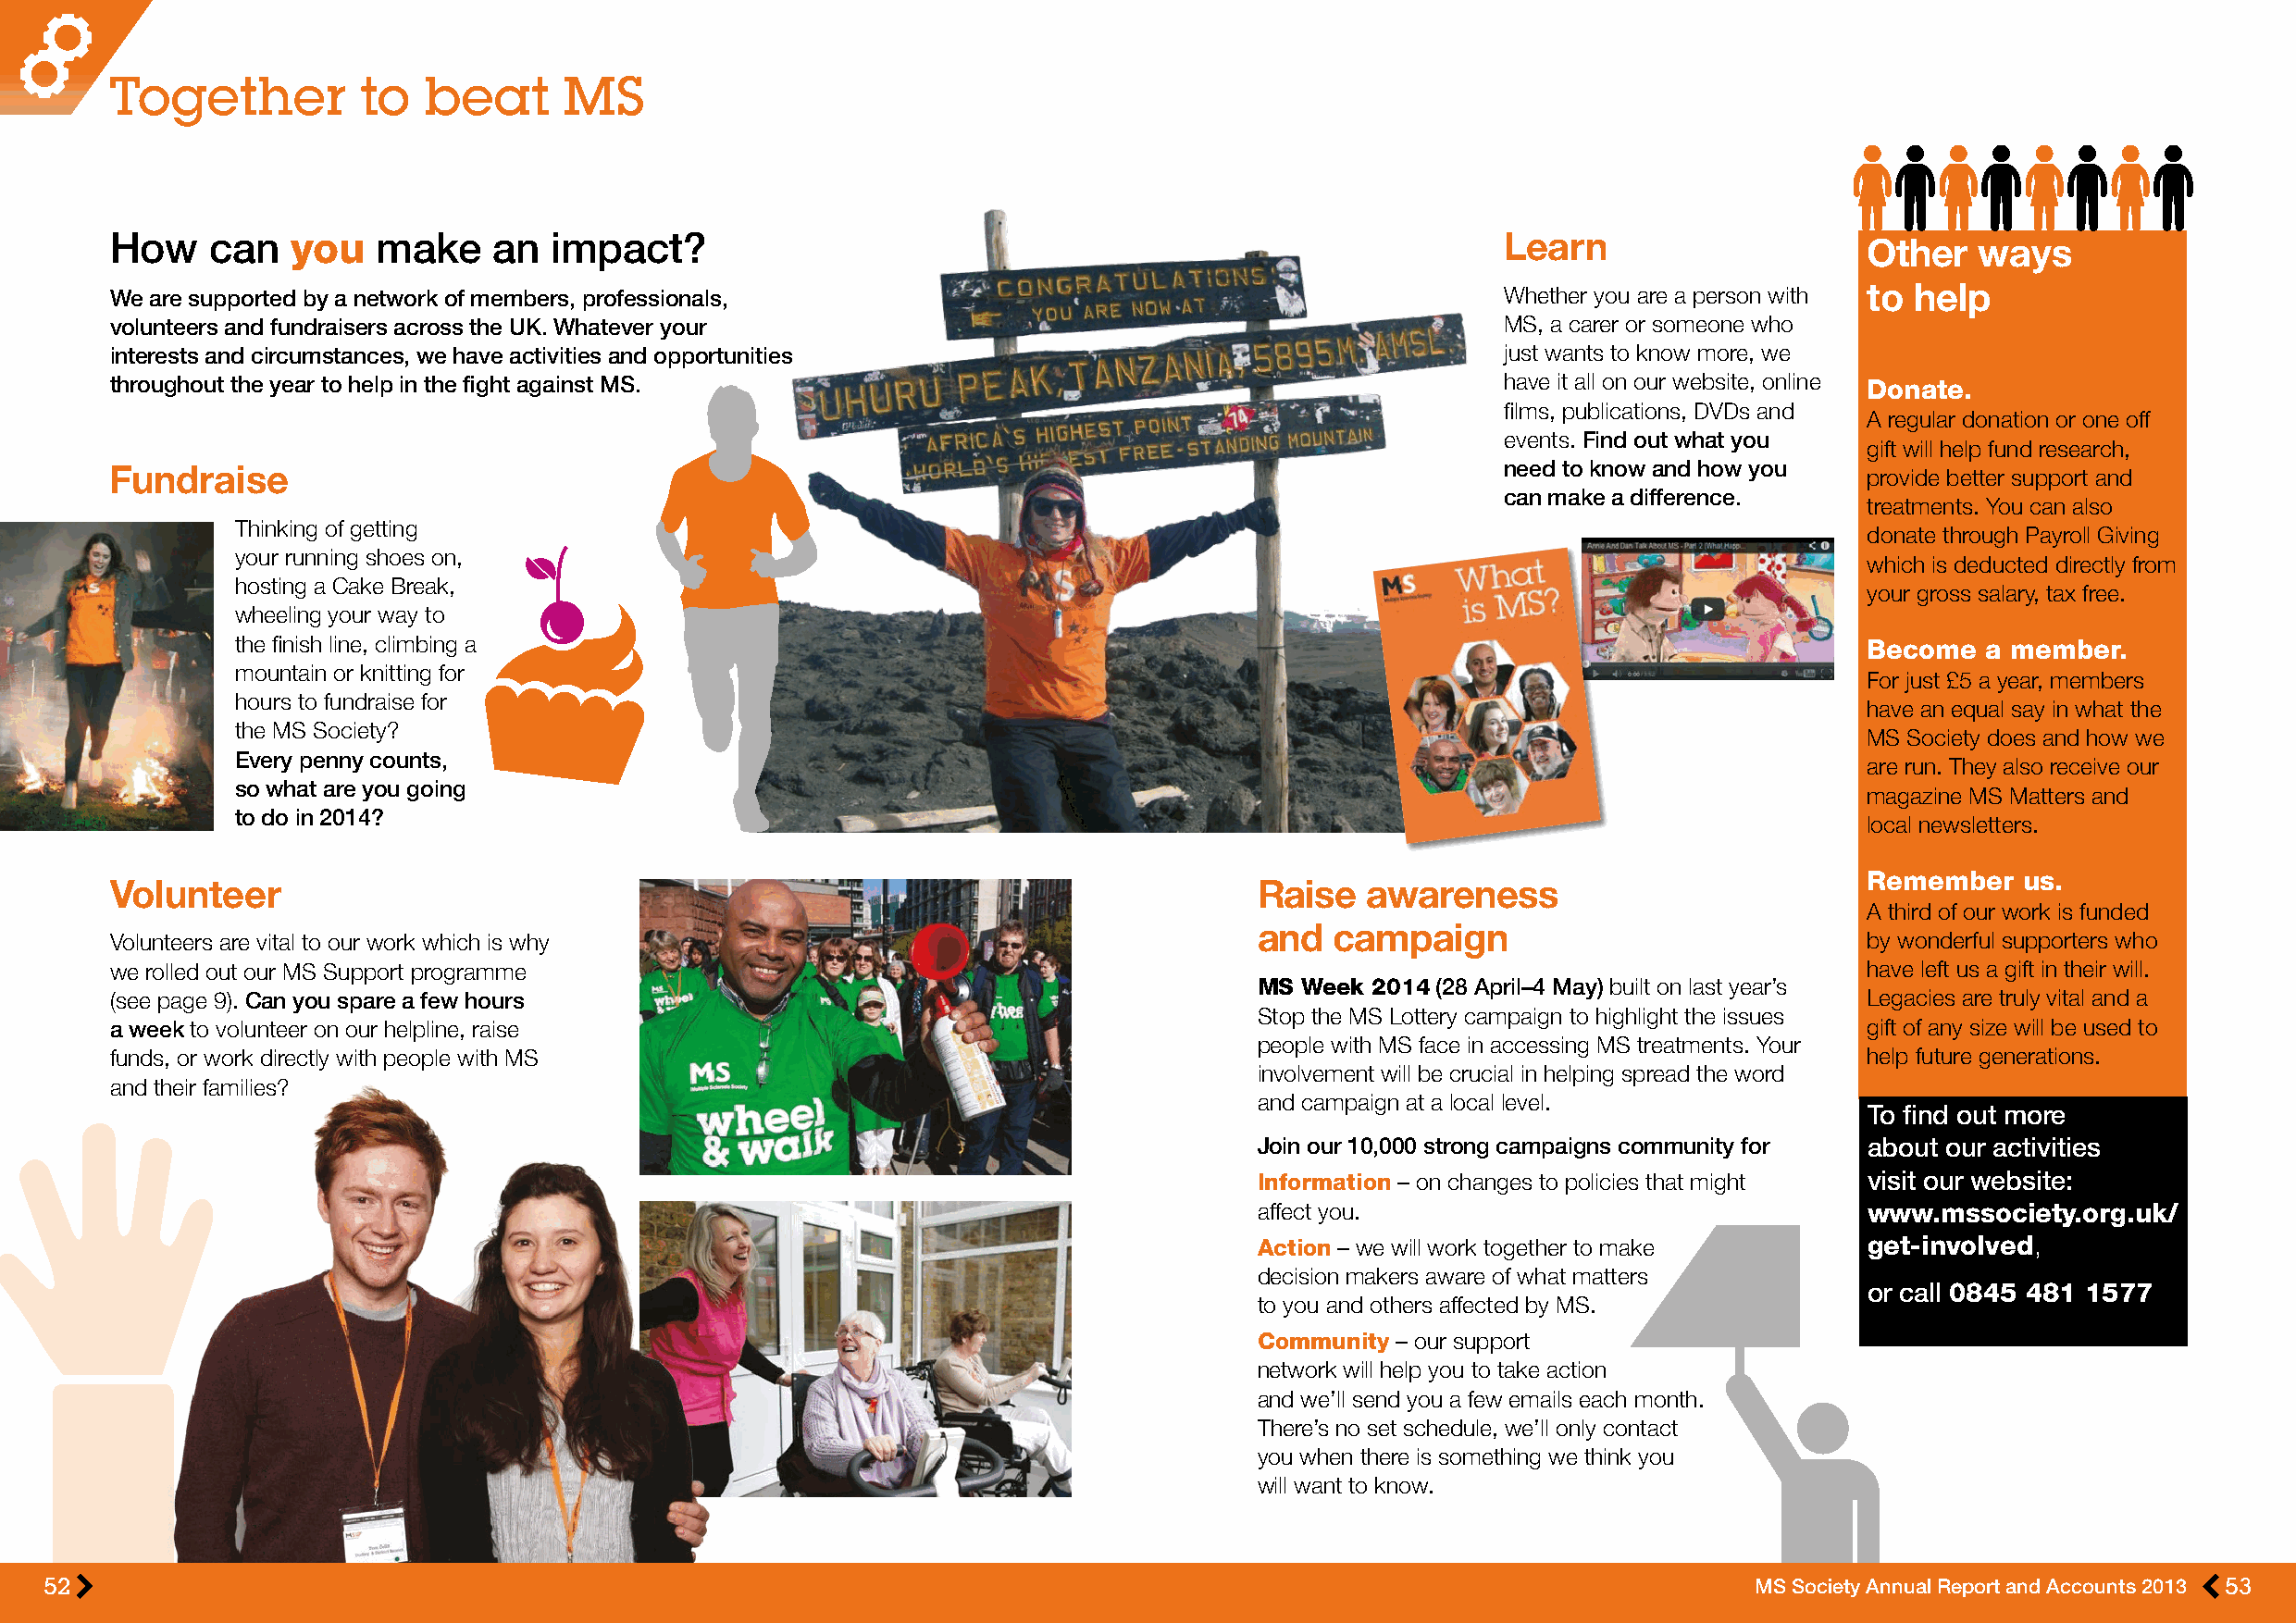
Together          to  beat      MS
 How    can   you   make    an  impact?                                                              Learn
 Other   ways
 We are supported by a network of members, professionals,                                            Whether you are a person with to help
 volunteers and fundraisers across the UK. Whatever your                                             MS, a carer or someone who
 interests and circumstances, we have activities and opportunities                                   just wants to know more, we
 throughout the year to help in the fight against MS.                                                have it all on our website, online Donate.
 films, publications, DVDs and
 A regular donation or one off
 events. Find out what you
 gift will help fund research,
 Fundraise                                                                                           need to know and how you  provide better support and
 can make a difference.
 treatments. You can also
 Thinking of getting
 donate through Payroll Giving
 your running shoes on,
 which is deducted directly from
 hosting a Cake Break,
 your gross salary, tax free.
 wheeling your way to
 the finish line, climbing a                                                                                          Become  a member.
 mountain or knitting for
 For just £5 a year, members
 hours to fundraise for
 have an equal say in what the
 the MS Society?
 MS Society does and how we
 Every penny counts,
 are run. They also receive our
 so what are you going
 magazine MS Matters and
 to do in 2014?
 local newsletters.
 Remember   us.
 Volunteer                                                                         Raise   awareness
 A third of our work is funded
 and  campaign
 Volunteers are vital to our work which is why                                                                                 by wonderful supporters who
 we rolled out our MS Support programme                                                                                        have left us a gift in their will.
 MS Week 2014 (28 April–4 May) built on last year’s
 (see page 9). Can you spare a few hours                                                                                       Legacies are truly vital and a
 Stop the MS Lottery campaign to highlight the issues
 a week to volunteer on our helpline, raise                                                                                    gift of any size will be used to
 people with MS face in accessing MS treatments. Your
 funds, or work directly with people with MS                                                                                   help future generations.
 involvement will be crucial in helping spread the word
 and their families?
 and campaign at a local level.
 To find out more
 Join our 10,000 strong campaigns community for about our activities
 Information – on changes to policies that might visit our website:
 affect you.                                 www.mssociety.org.uk/
 Action – we will work together to make      get-involved,
 decision makers aware of what matters
 or call 0845 481 1577
 to you and others affected by MS.
 Community – our support
 network will help you to take action
 and we’ll send you a few emails each month.
 There’s no set schedule, we’ll only contact
 you when there is something we think you
 will want to know.
 52                                                                                                                         MS Society Annual Report and Accounts 2013 53